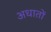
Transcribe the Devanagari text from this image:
अधातों